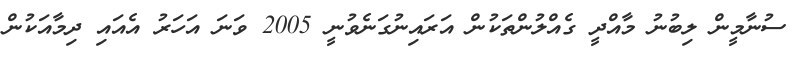
ސުނާމީން ލިބުނު މާއްދީ ގެއްލުންތަކުން އަރައިނުގަނެވުނީ 2005 ވަނަ އަހަރު އެއައި ދިމާއަކުން